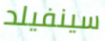
سينفيلد